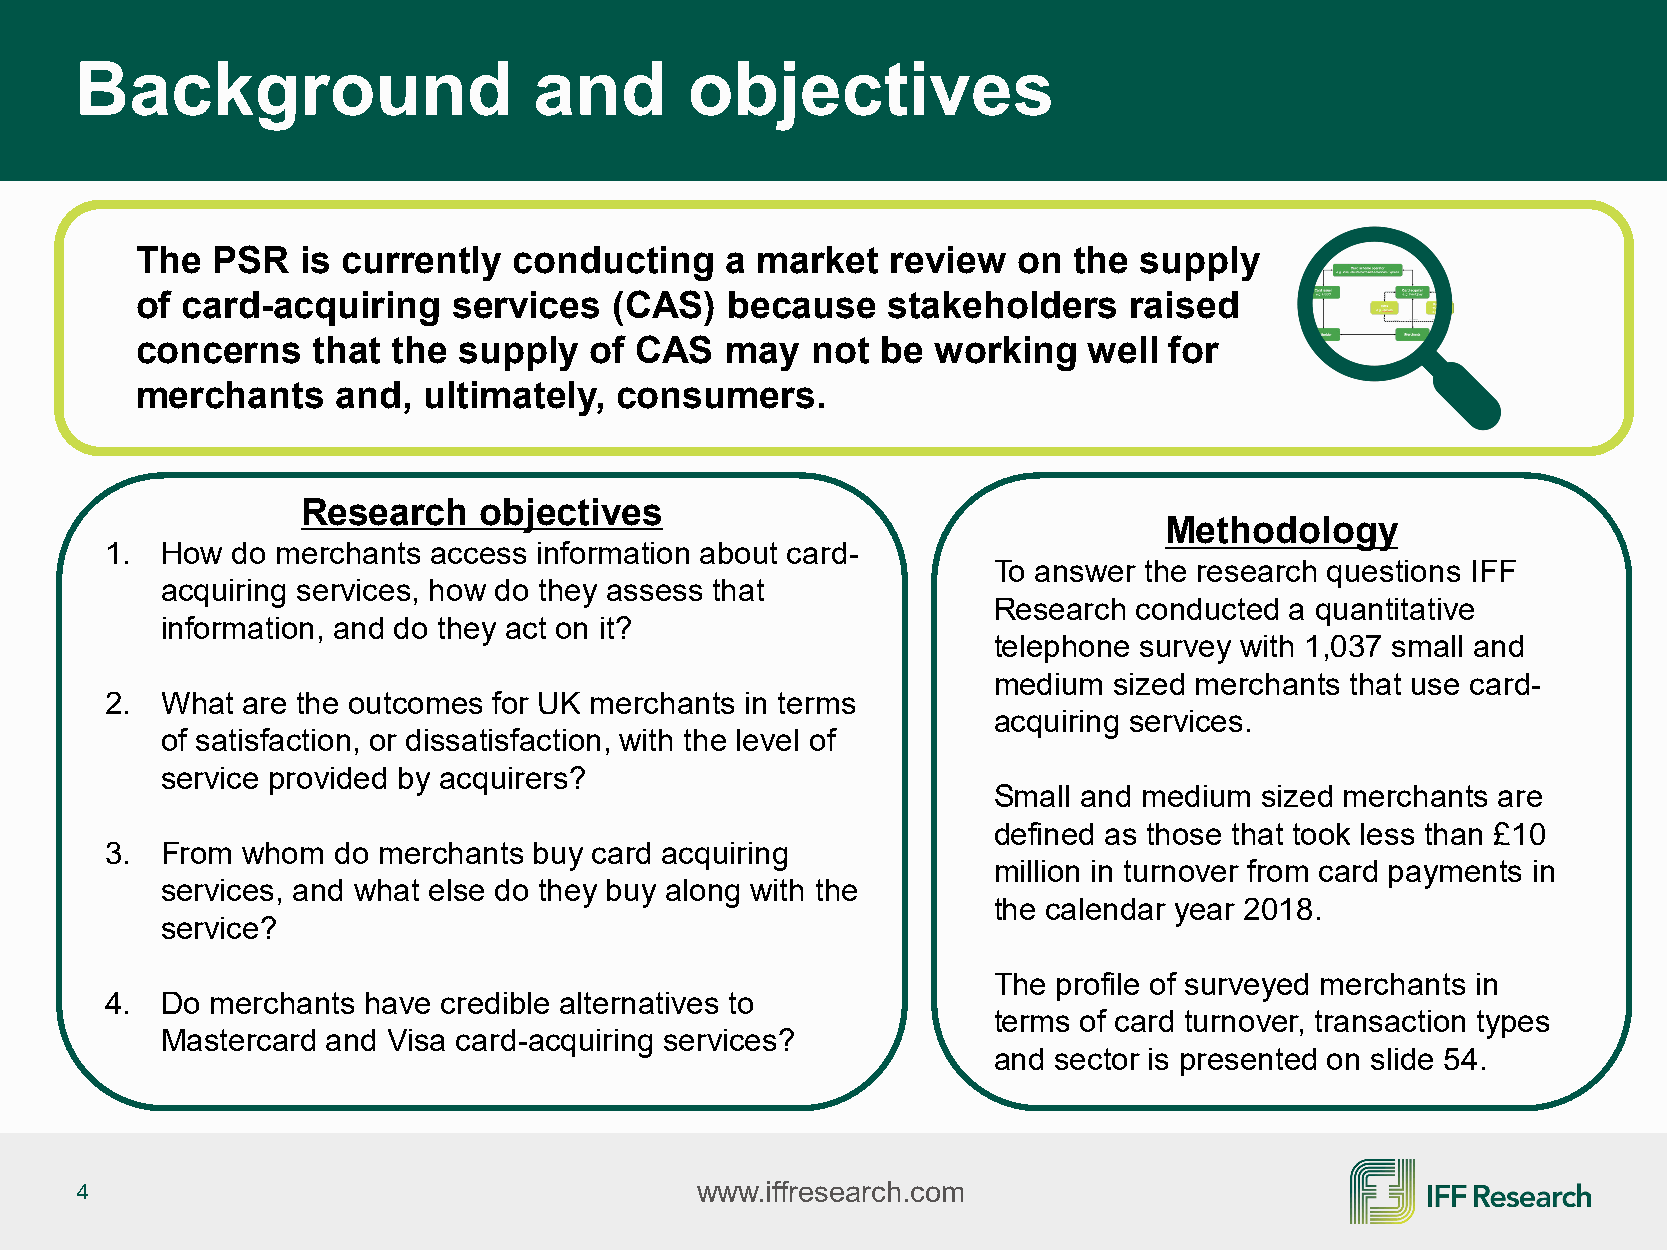
Background                    and        objectives
 The  PSR   is currently  conducting    a market   review  on  the supply
 of card-acquiring    services   (CAS)  because    stakeholders    raised
 concerns    that the supply   of CAS   may   not be  working   well for
 merchants    and,  ultimately,  consumers.
 Research    objectives
 Methodology
 1.  How do merchants  access information about card-
 To answer the research questions IFF
 acquiring services, how do they assess that
 Research conducted a quantitative
 information, and do they act on it?
 telephone survey with 1,037 small and
 medium  sized merchants that use card-
 2.  What are the outcomes for UK merchants in terms
 acquiring services.
 of satisfaction, or dissatisfaction, with the level of
 service provided by acquirers?
 Small and medium  sized merchants are
 defined as those that took less than £10
 3.  From whom  do merchants buy card acquiring
 million in turnover from card payments in
 services, and what else do they buy along with the
 the calendar year 2018.
 service?
 The profile of surveyed merchants in
 4.  Do merchants have credible alternatives to
 terms of card turnover, transaction types
 Mastercard and Visa card-acquiring services?
 and sector is presented on slide 54.
 4                                        www.iffresearch.com